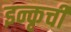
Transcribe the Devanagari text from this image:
इन्कृची